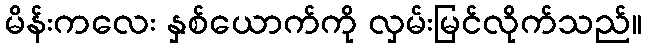
မိန်းကလေး နှစ်ယောက်ကို လှမ်းမြင်လိုက်သည်။